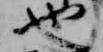
也